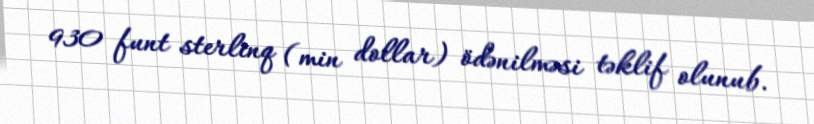
930 funt sterlinq (min dollar) ödənilməsi təklif olunub.